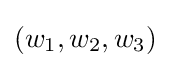
(w_{1},w_{2},w_{3})